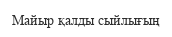
Майыр қалды сыйлығың